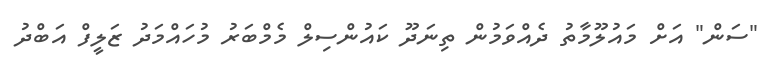
"ސަން" އަށް މައުލޫމާތު ދެއްވަމުން ތިނަދޫ ކައުންސިލް މެމްބަރު މުހައްމަދު ޒަލީފް އަބްދު